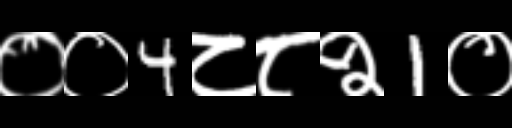
Text: ००4८८२1०